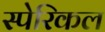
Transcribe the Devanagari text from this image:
स्पेरिकल